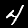
Label: 4